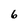
Character: 6